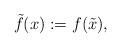
LaTeX: \begin{align*}\tilde{f}(x) : = f(\tilde{x}),\end{align*}